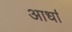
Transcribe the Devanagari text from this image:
आर्धा